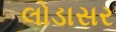
લોડાસર